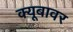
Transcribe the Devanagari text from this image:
क्यूबावर